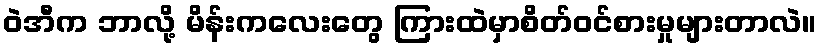
ဝဲအီက ဘာလို့ မိန်းကလေးတွေ ကြားထဲမှာစိတ်ဝင်စားမှုများတာလဲ။